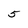
Character: 5